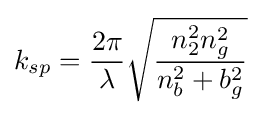
k_{sp}={\frac {2\pi }{\lambda }}{\sqrt {\frac {n_{2}^{2}n_{g}^{2}}{n_{b}^{2}+b_{g}^{2}}}}